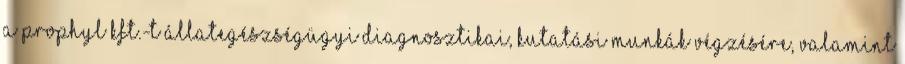
a Prophyl Kft.-t állategészségügyi diagnosztikai, kutatási munkák végzésére, valamint